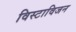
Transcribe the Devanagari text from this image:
विस्टाविजन